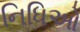
નિધિઓ